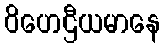
ဝိဟေဌီယမာနေ